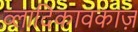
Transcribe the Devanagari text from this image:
व्लादिकावकाज़